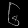
Digit: ၆